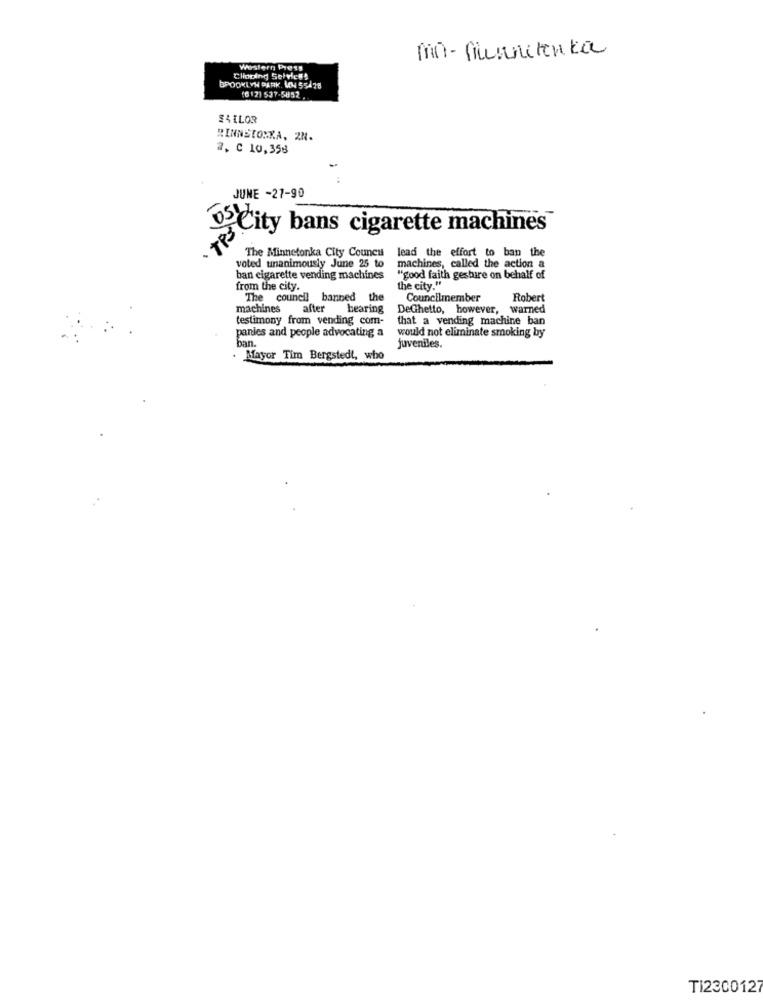
mo- Guanchenka
Western Press
Clioding Selvich!
POOKLYN PARK. MN 554 28
(612) 537-5852
S& ILOR
RINNSTONKA, 2N.
2. C 10,358
JUNE -27-90
uso
City bans cigarette machines
lead the effort to ban the
voted unanimously June 25 to
The Minnetonka City Council
machines, called the action a
ban cigarette vending machines
"good faith gestire on behalf of
from the city.
the city."
The council banned the
Councilmember
Robert
machines after hearing
DeGhetto, however, warned
testimony from vending com-
that a vending machine ban
would not eliminate smoking by
panies and people advocating a
ban.
juveniles.
. Mayor Tim Bergstedt, who
TI2300127